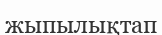
жыпылықтап